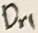
Text: Dr1